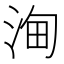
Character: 𣵦